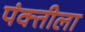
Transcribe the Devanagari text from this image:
पंक्तीला